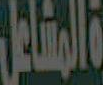
المشاعل